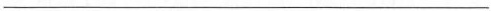
___